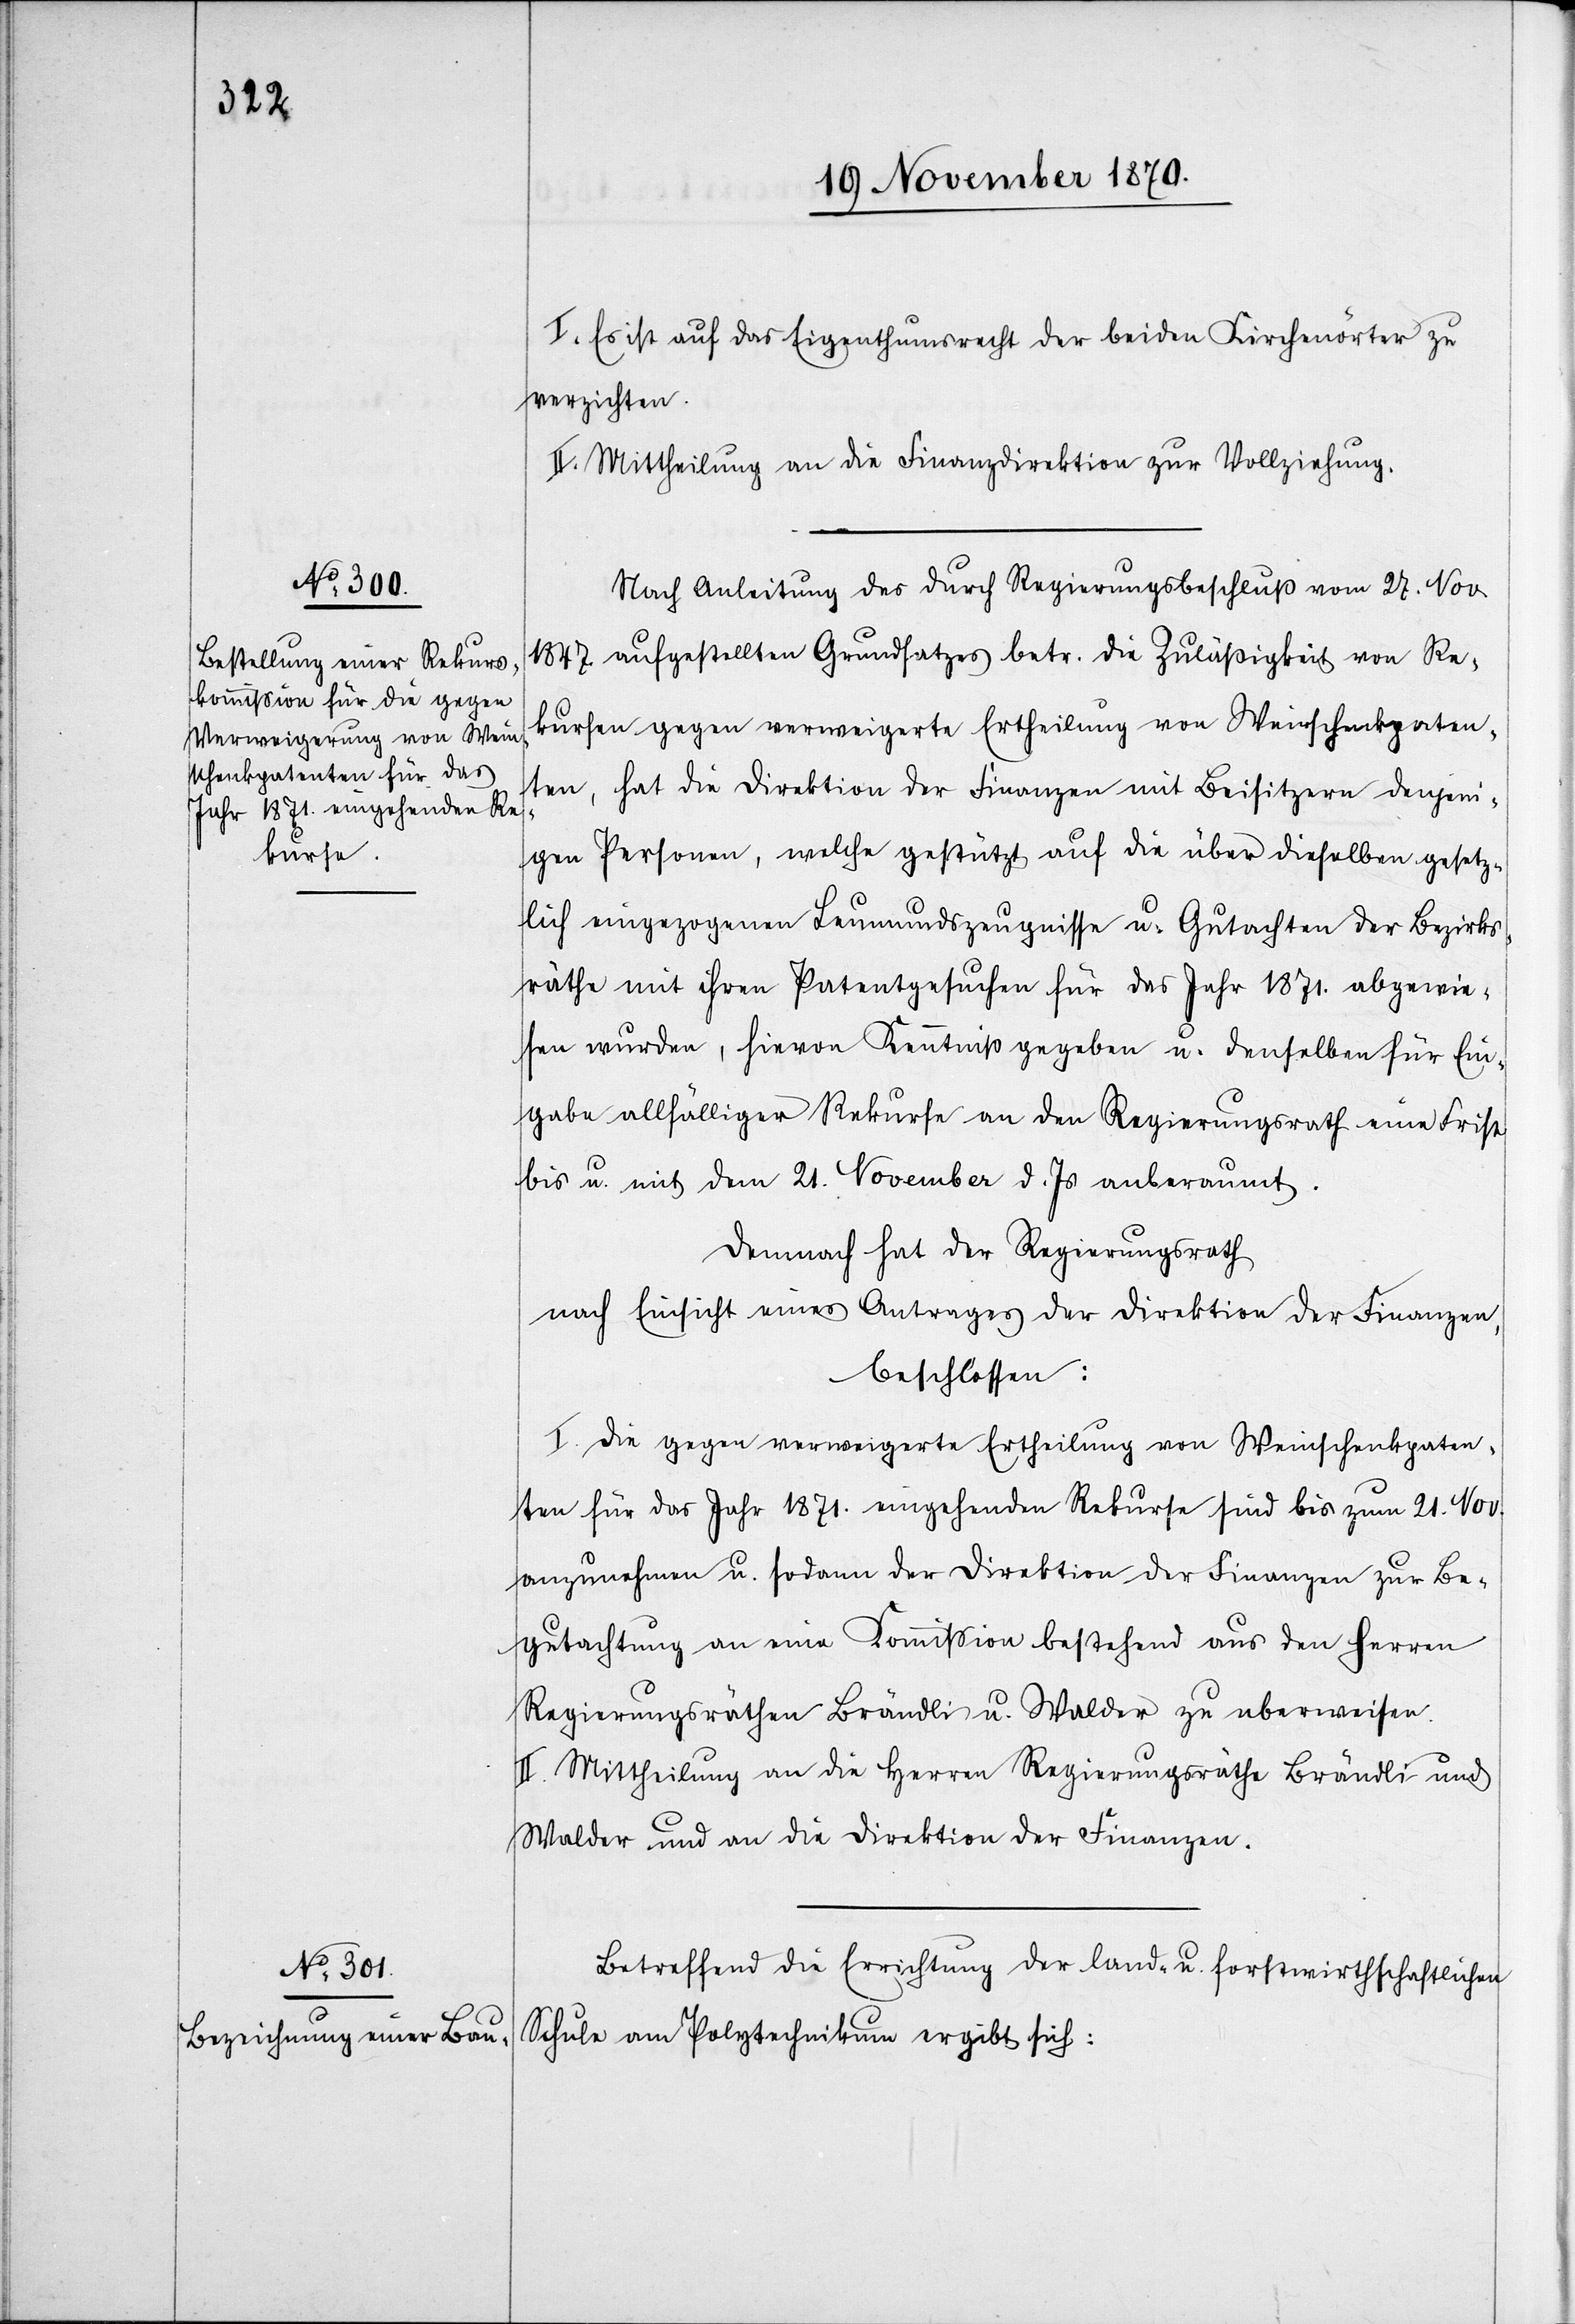
I. Es ist auf das Eigenthumsrecht der beiden Kirchenörter zu
verzichten.
II. Mittheilung an die Finanzdirektion zur Vollziehung.
Nach Anleitung des durch Regierungsbeschluß vom 27. Nov.
1847 aufgestellten Grundsatzes betr. die Zulässigkeit von Re¬
kursen gegen verweigerte Ertheilung von Weinschenkpaten¬
ten, hat die Direktion der Finanzen mit Beisitzern denjeni¬
gen Personen, welche gestützt auf die über dieselben gesetz¬
lich eingezogenen Leumundszeugnisse u. Gutachten der Bezirks¬
räthe mit ihren Patentgesuchen für das Jahr 1871. abgewie¬
sen wurden, hievon Kenntniß gegeben u. denselben für Ein¬
gabe allfälliger Rekurse an den Regierungsrath eine Frist
bis u. mit dem 21. November d. Js. anberaumt.
Demnach hat der Regierungsrath
nach Einsicht eines Antrages der Direktion der Finanzen,
beschlossen:
I. Die gegen verweigerte Ertheilung von Weinschenkpaten¬
ten für das Jahr 1871. eingehenden Rekurse sind bis zum 21. Nov.
anzunehmen u. sodann der Direktion der Finanzen zur Be¬
gutachtung an eine Kommission bestehend aus den Herren
Regierungsräthen Brändli u. Walder zu überweisen.
II. Mittheilung an die Herren Regierungsräthe Brändli und
Walder und an die Direktion der Finanzen.
Betreffend die Errichtung der land- u. forstwirthschaftlichen
Schule am Polytechnikum ergibt sich: